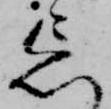
忘